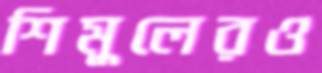
শিমুলেরও